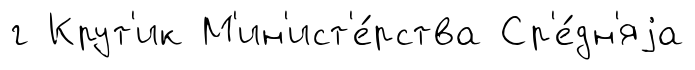
г Крут'ик М'ин'ист'е́рства Ср'е́дн'яjа